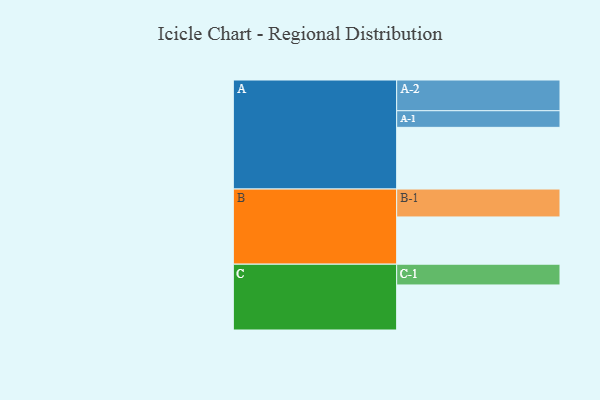
{"axis": {"x": "Segment", "y": "Value"}, "legend": ["", "A", "B", "C"], "data": [{"x": "A", "y": 508, "type": ""}, {"x": "B", "y": 389, "type": ""}, {"x": "C", "y": 371, "type": ""}, {"x": "A-1", "y": 137, "type": "A"}, {"x": "A-2", "y": 253, "type": "A"}, {"x": "B-1", "y": 230, "type": "B"}, {"x": "C-1", "y": 171, "type": "C"}]}